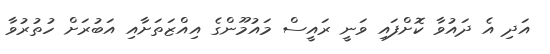
އަދި އެ ދައުވާ ކޮށްފައި ވަނީ ރައީސް މައުމޫންގެ އިއްޒަތަށާއި އަބުރަށް ހުތުރުވާ